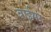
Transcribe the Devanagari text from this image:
वाईमर